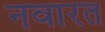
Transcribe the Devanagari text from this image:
नवारत